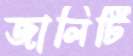
জালিটি